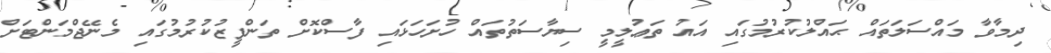
ދިމާވާ މައްސަލަތައް ޙައްލުކުރުމުގައި އައު ތަޢުލީމީ ސިޔާސަތުތައް ހުށަހަޅައި ފާސްކޮށް ތަންފީޒުކުރުމުގައި މެނޭޖްމަންޓަށް